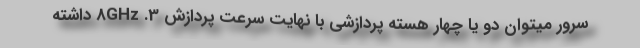
سرور میتوان دو یا چهار هسته پردازشی با نهایت سرعت پردازش 3. 8GHz داشته